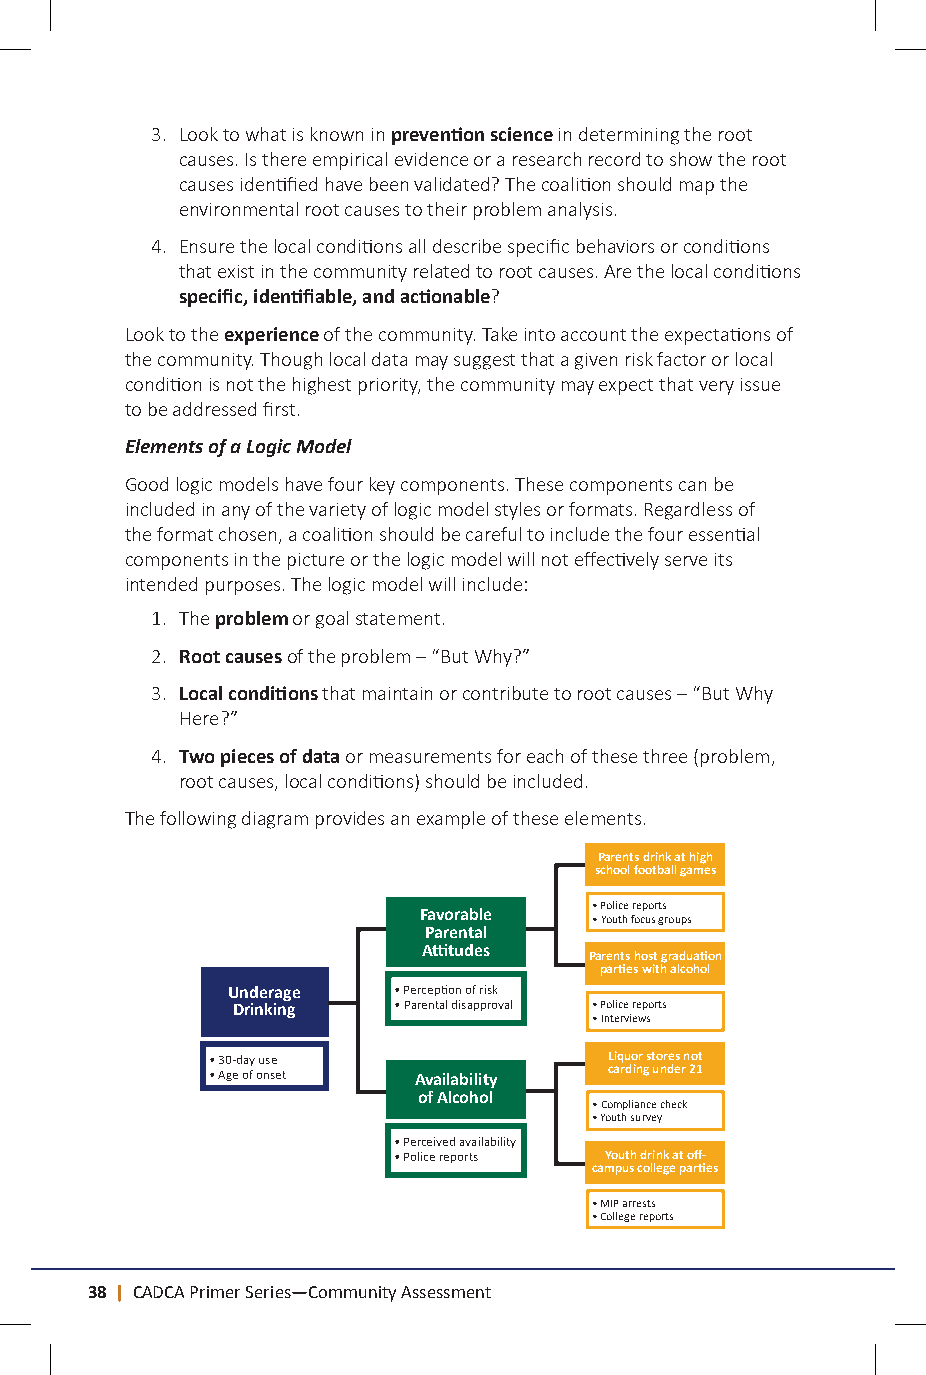
3. Look to what is known in prevention science in determining the root
 causes. Is there empirical evidence or a research record to show the root
 causes identified have been validated? The coalition should map the
 environmental root causes to their problem analysis.
 4. Ensure the local conditions all describe specific behaviors or conditions
 that exist in the community related to root causes. Are the local conditions
 specific, identifiable, and actionable?
 Look to the experience of the community. Take into account the expectations of
 the community. Though local data may suggest that a given risk factor or local
 condition is not the highest priority, the community may expect that very issue
 to be addressed first.
 Elements of a Logic Model
 Good logic models have four key components. These components can be
 included in any of the variety of logic model styles or formats. Regardless of
 the format chosen, a coalition should be careful to include the four essential
 components in the picture or the logic model will not effectively serve its
 intended purposes. The logic model will include:
 1. The problem or goal statement.
 2. Root causes of the problem – “But Why?”
 3. Local conditions that maintain or contribute to root causes – “But Why
 Here?”
 4. Two pieces of data or measurements for each of these three (problem,
 root causes, local conditions) should be included.
 The following diagram provides an example of these elements.
 Parents drink at high
 school football games
 • Police reports
 Favorable  • Youth focus groups
 Parental
 Attitudes
 Parents host graduation
 parties with alcohol
 Underage   • Perception of risk
 Drinking   • Parental disapproval • Police reports
 • Interviews
 • 30-day use              Liquor stores not
 • Age of onset Availability carding under 21
 of Alcohol
 • Compliance check
 • Youth survey
 • Perceived availability
 • Police reports Youth drink at off-
 campus college parties
 • MIP arrests
 • College reports
 38 | CADCA Primer Series—Community Assessment                                CADCA Primer Series—Community Assessment | 39